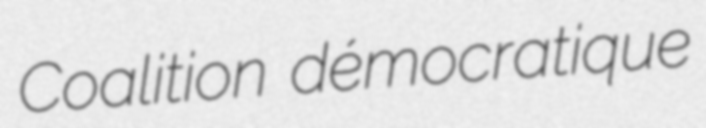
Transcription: Coalition démocratique